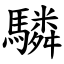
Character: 驎